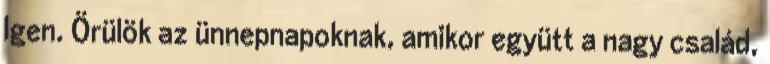
Igen. Örülök az ünnepnapoknak, amikor együtt a nagy család,